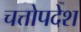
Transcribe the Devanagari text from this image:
चत्तोपदेश